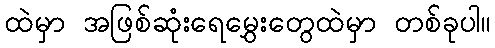
ထဲမှာ အဖြစ်ဆုံးရေမွှေးတွေထဲမှာ တစ်ခုပါ။